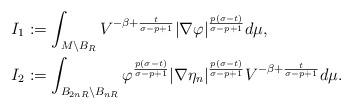
LaTeX: \begin{align*} I_1&:= \int_{M\setminus B_R}V^{-\beta+\frac{t}{\sigma-p+1}}|\nabla\varphi|^{\frac{p(\sigma-t)}{\sigma-p+1}}d\mu,\\ I_2&:= \int_{B_{2nR}\setminus B_{nR}}\varphi^{\frac{p(\sigma-t)}{\sigma-p+1}}|\nabla\eta_n|^{\frac{p(\sigma-t)}{\sigma-p+1}}V^{-\beta+\frac{t}{\sigma-p+1}}d\mu.\end{align*}